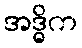
အဒ္ဓိက